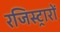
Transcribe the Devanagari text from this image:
रजिस्ट्रारों